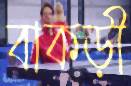
বাকড়ী